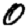
Digit: 0